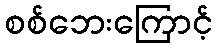
စစ်ဘေးကြောင့်